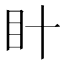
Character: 𭾗